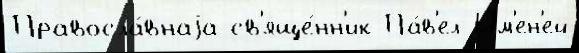
Правосла́внаjа св'яще́нн'ик Па́в'ел Им'ен'ей